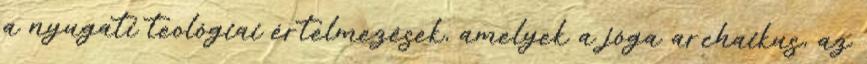
a nyugati teológiai értelmezések, amelyek a jóga archaikus, az